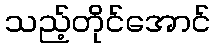
သည့်တိုင်အောင်